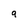
Character: 9